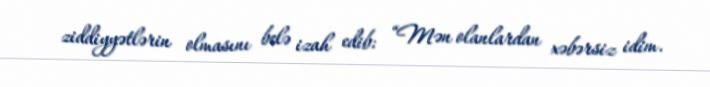
ziddiyyətlərin olmasını belə izah edib: “Mən olanlardan xəbərsiz idim.